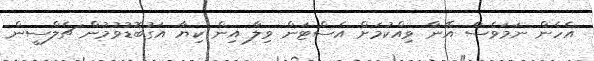
އެހެން ނަމަވެސް އޭނާ ވިއްކުމަށް އެސްޓަން ވިލާ އިން ކިޔާ އަގުބޮޑުވުމުން ޗެލްސީން